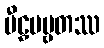
မီဠှပဗ္ဗတဿ